Indian journal of veterinary science and animal husbandry - Volumes 26-27, 1956-1957
Year: 1956
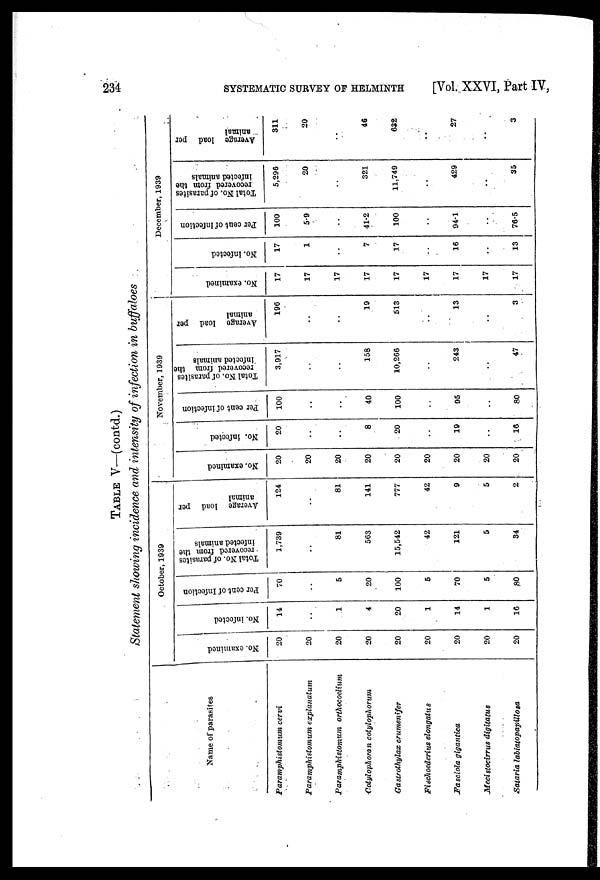
234 SYSTEMATIC SURVEY OF HELMINTH [Vol. XXVI, Part IV,
TABLE V—(contd.)
Statement showing incidence and intensity of infection in buffaloes
Name of parasites
Paramphistomum cervi
Paramphistomum
explanatum
Paramphistomum
orthocoelium
Cotylophoron cotylophorum
Gastrothylax crumenifer
Fischoederius elongatus
Fasciola gigantica
Mecistocirrus digitatus
Sataria labiatopapillosa
October, 1939
No. examined
20
20
20
20
20
20
20
20
20
No. infected
14
..
1
4
20
1
14
1
16
Per cent of Infection
70
..
5
20
100
5
70
5
80
Total No. of parasites
recovered from the
infected animals
1,739
..
81
563
15,542
42
121
5
34
Average load per
animal
124
..
81
141
777
42
9
5
2
November, 1939
No. examined
20
20
20
20
20
20
20
20
20
No. infected
20
..
..
8
20
..
19
..
16
Per cent of infection
100
..
..
40
100
..
95
..
80
Total No. of parasites
recovered from the
infected animals
3,917
..
..
158
10,266
..
243
..
47
Average load per
animal
196
..
..
19
513
..
13
..
3
December, 1939
No. examined
17
17
17
17
17
17
17
17
17
No. infected
17
1
..
7
17
..
16
..
13
Per cent of infection
100
5.9
..
41.2
100
..
94.1
..
76.5
Total No. of parasites
recovered from the
infected animals
5,296
20
..
321
11,749
..
429
..
35
Average load per
animal
311
20
..
46
632
..
27
..
3